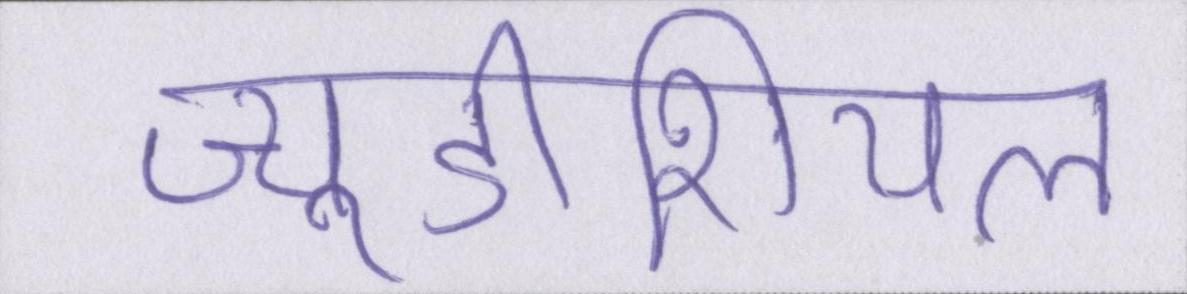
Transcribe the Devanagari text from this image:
ज्यूडीशियल